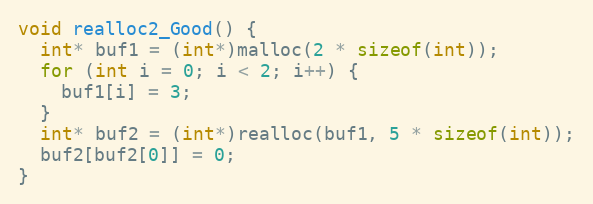
Language: C++
void realloc2_Good() {
  int* buf1 = (int*)malloc(2 * sizeof(int));
  for (int i = 0; i < 2; i++) {
    buf1[i] = 3;
  }
  int* buf2 = (int*)realloc(buf1, 5 * sizeof(int));
  buf2[buf2[0]] = 0;
}